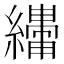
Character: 𬘆